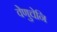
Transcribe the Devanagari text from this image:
वेणुचेनि